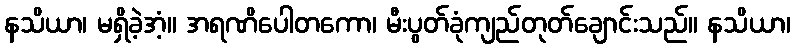
နသိယာ၊ မရှိခဲ့အံ့။ အရဏိပေါတကော၊ မီးပွတ်ခုံကျည်တုတ်ချောင်းသည်။ နသိယာ၊